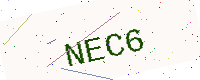
Text: NEC6